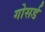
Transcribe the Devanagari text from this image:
गोसर्ड